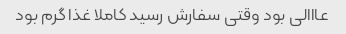
عااالی بود وقتی سفارش رسید کاملا غذا گرم بود